Indian Medical Review
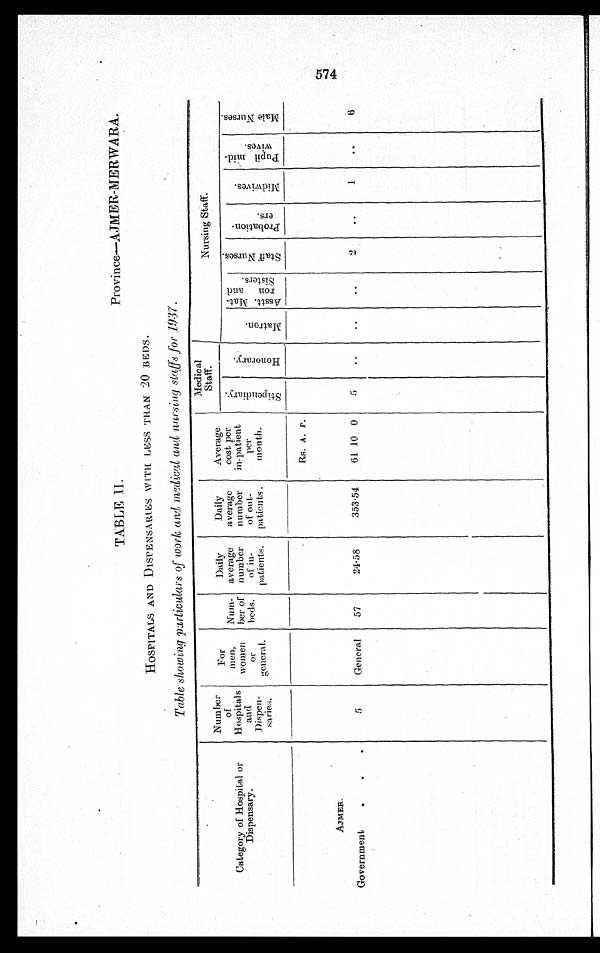
TABLE II.
Province—AJMER-MERWARA.
HOSPITALS AND DISPENSARIES WITH LESS THAN 20 BEDS.
Table showing particulars of w o r k a n d m e d i c a l a n d n u r s i n g s t a f f s f o r 1 9 3 7 .
Category of Hospital or
Dispensary.
Number
of
Hospitals
and
Dispen-s a r i e s .
For
men,
women
or
general.
Num-
ber of
beds.
Daily
average
number
of in-
patients.
Daily
average
number
of out-
patients.
Average
cost per
in-patient
per
month.
Medical
Staff.
Nursing Staff.
S t i p e n d i a r y .
H o n o r a r y .
M a t r o n .
Asstt. Mat
r on and
Si st er s.
S t a f f N u r s e s .
P r o b a t i o n -
e r s .
M i d w i v e s .
P u p i l m i d
w i v e s .
M a l e N u r s e s .
Rs. A. P.
AJMER.
Government
5
General
57
24.58
353.54
61 10 0
5
2
1
6